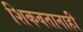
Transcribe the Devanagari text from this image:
शिकवतानाही